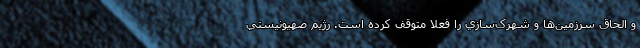
و الحاق سرزمين‌ها و شهرک‌سازي را فعلا متوقف کرده است. رژيم صهيونيستي